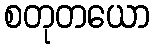
စတုတယော